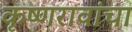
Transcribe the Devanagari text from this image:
कृष्णरावांचा